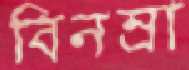
বিনম্রা